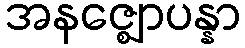
အနဇ္ဈောပန္နာ